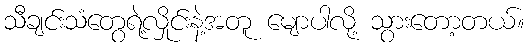
သီချင်းသံတွေရဲ့လှိုင်းနဲ့အတူ မျောပါလို့ သွားတော့တယ်။